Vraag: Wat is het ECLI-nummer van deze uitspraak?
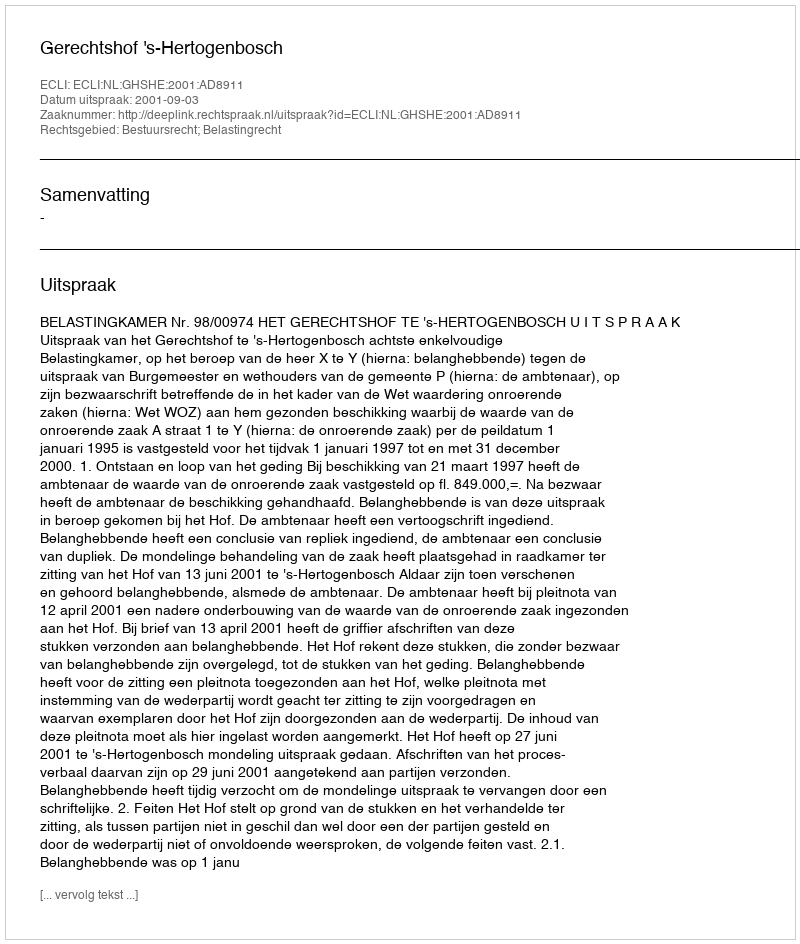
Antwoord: ECLI:NL:GHSHE:2001:AD8911